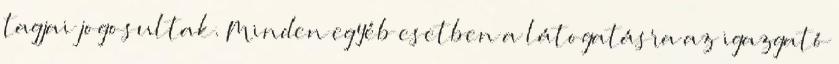
tagjai jogosultak. Minden egyéb esetben a látogatásra az igazgató